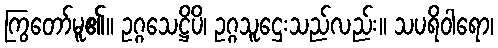
ကြွတော်မူ၏။ ဥဂ္ဂသေဋ္ဌိပိ၊ ဥဂ္ဂသူဌေးသည်လည်း။ သပရိဝါရော၊